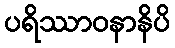
ပရိဿာဝနာနိပိ